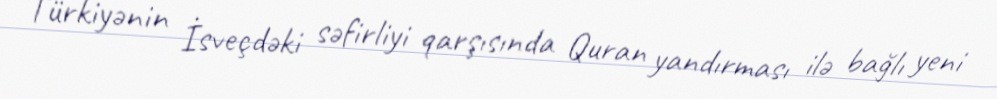
Türkiyənin İsveçdəki səfirliyi qarşısında Quran yandırması ilə bağlı yeni